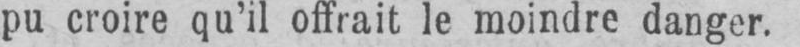
pu croire qu’il offrait le moindre danger.